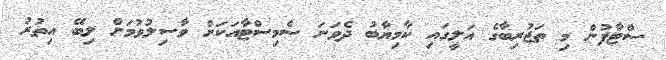
ސްޓާފުން މި ތަޖުރިބާގެ އަލީގައި ކާމިޔާބު ދެވަނަ ސެމިސްޓާއަކަށް ވާސިލުވުމަށް ލިބޭ އިތުރު